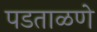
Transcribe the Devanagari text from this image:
पडताळणे